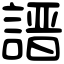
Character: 𧪽